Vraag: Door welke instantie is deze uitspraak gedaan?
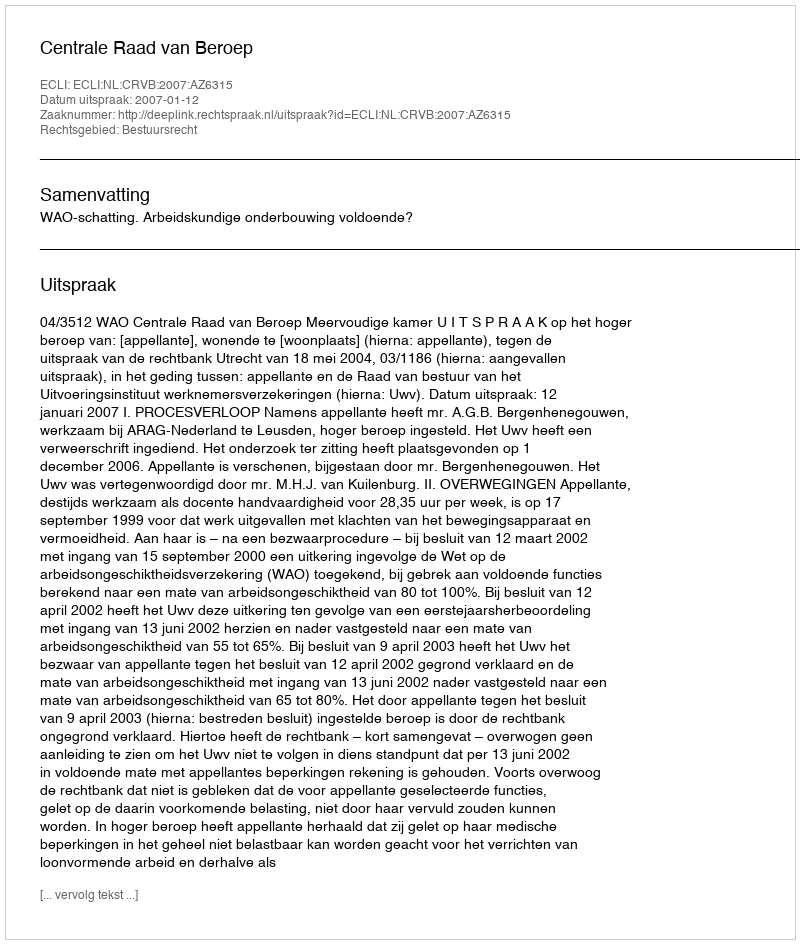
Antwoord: Centrale Raad van Beroep